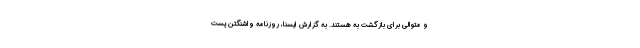
و متوالی برای بازگشت به هستند. به گزارش ایسنا، روزنامه واشنگتن پست